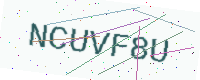
Text: NCUVF8U